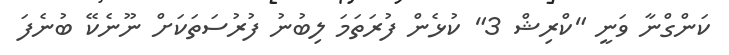
ކަންގްނާ ވަނީ "ކްރިޝް 3" ކުޅެން ފުރަތަމަ ލިބުނު ފުރުސަތަކަށް ނޫނެކޭ ބުނެފަ